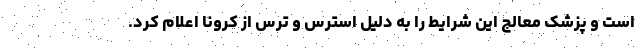
است و پزشک معالج این شرایط را به دلیل استرس و ترس از کرونا اعلام کرد.